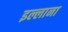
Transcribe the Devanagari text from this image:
इल्लाना